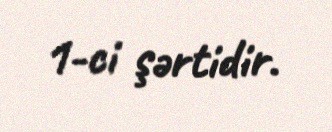
1-ci şərtidir.